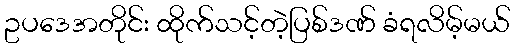
ဥပဒေအတိုင်း ထိုက်သင့်တဲ့ပြစ်ဒဏ် ခံရလိမ့်မယ်